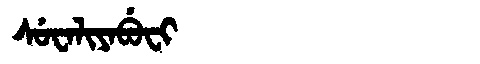
Manchu: ᠰᡠᠸᠠᠯᡳᠶᠠᠪᡠᠸᡳ
Romanization: SUWALIYABUFI